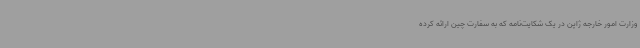
وزارت امور خارجه ژاپن در یک شکایت‌نامه که به سفارت چین ارائه کرده